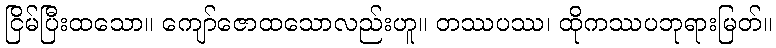
ငြိမ်ပြီးထသော။ ကျော်ဇောထသောလည်းဟူ။ တဿပဿ၊ ထိုကဿပဘုရားမြတ်။